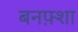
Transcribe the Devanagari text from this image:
बनफ़्शा